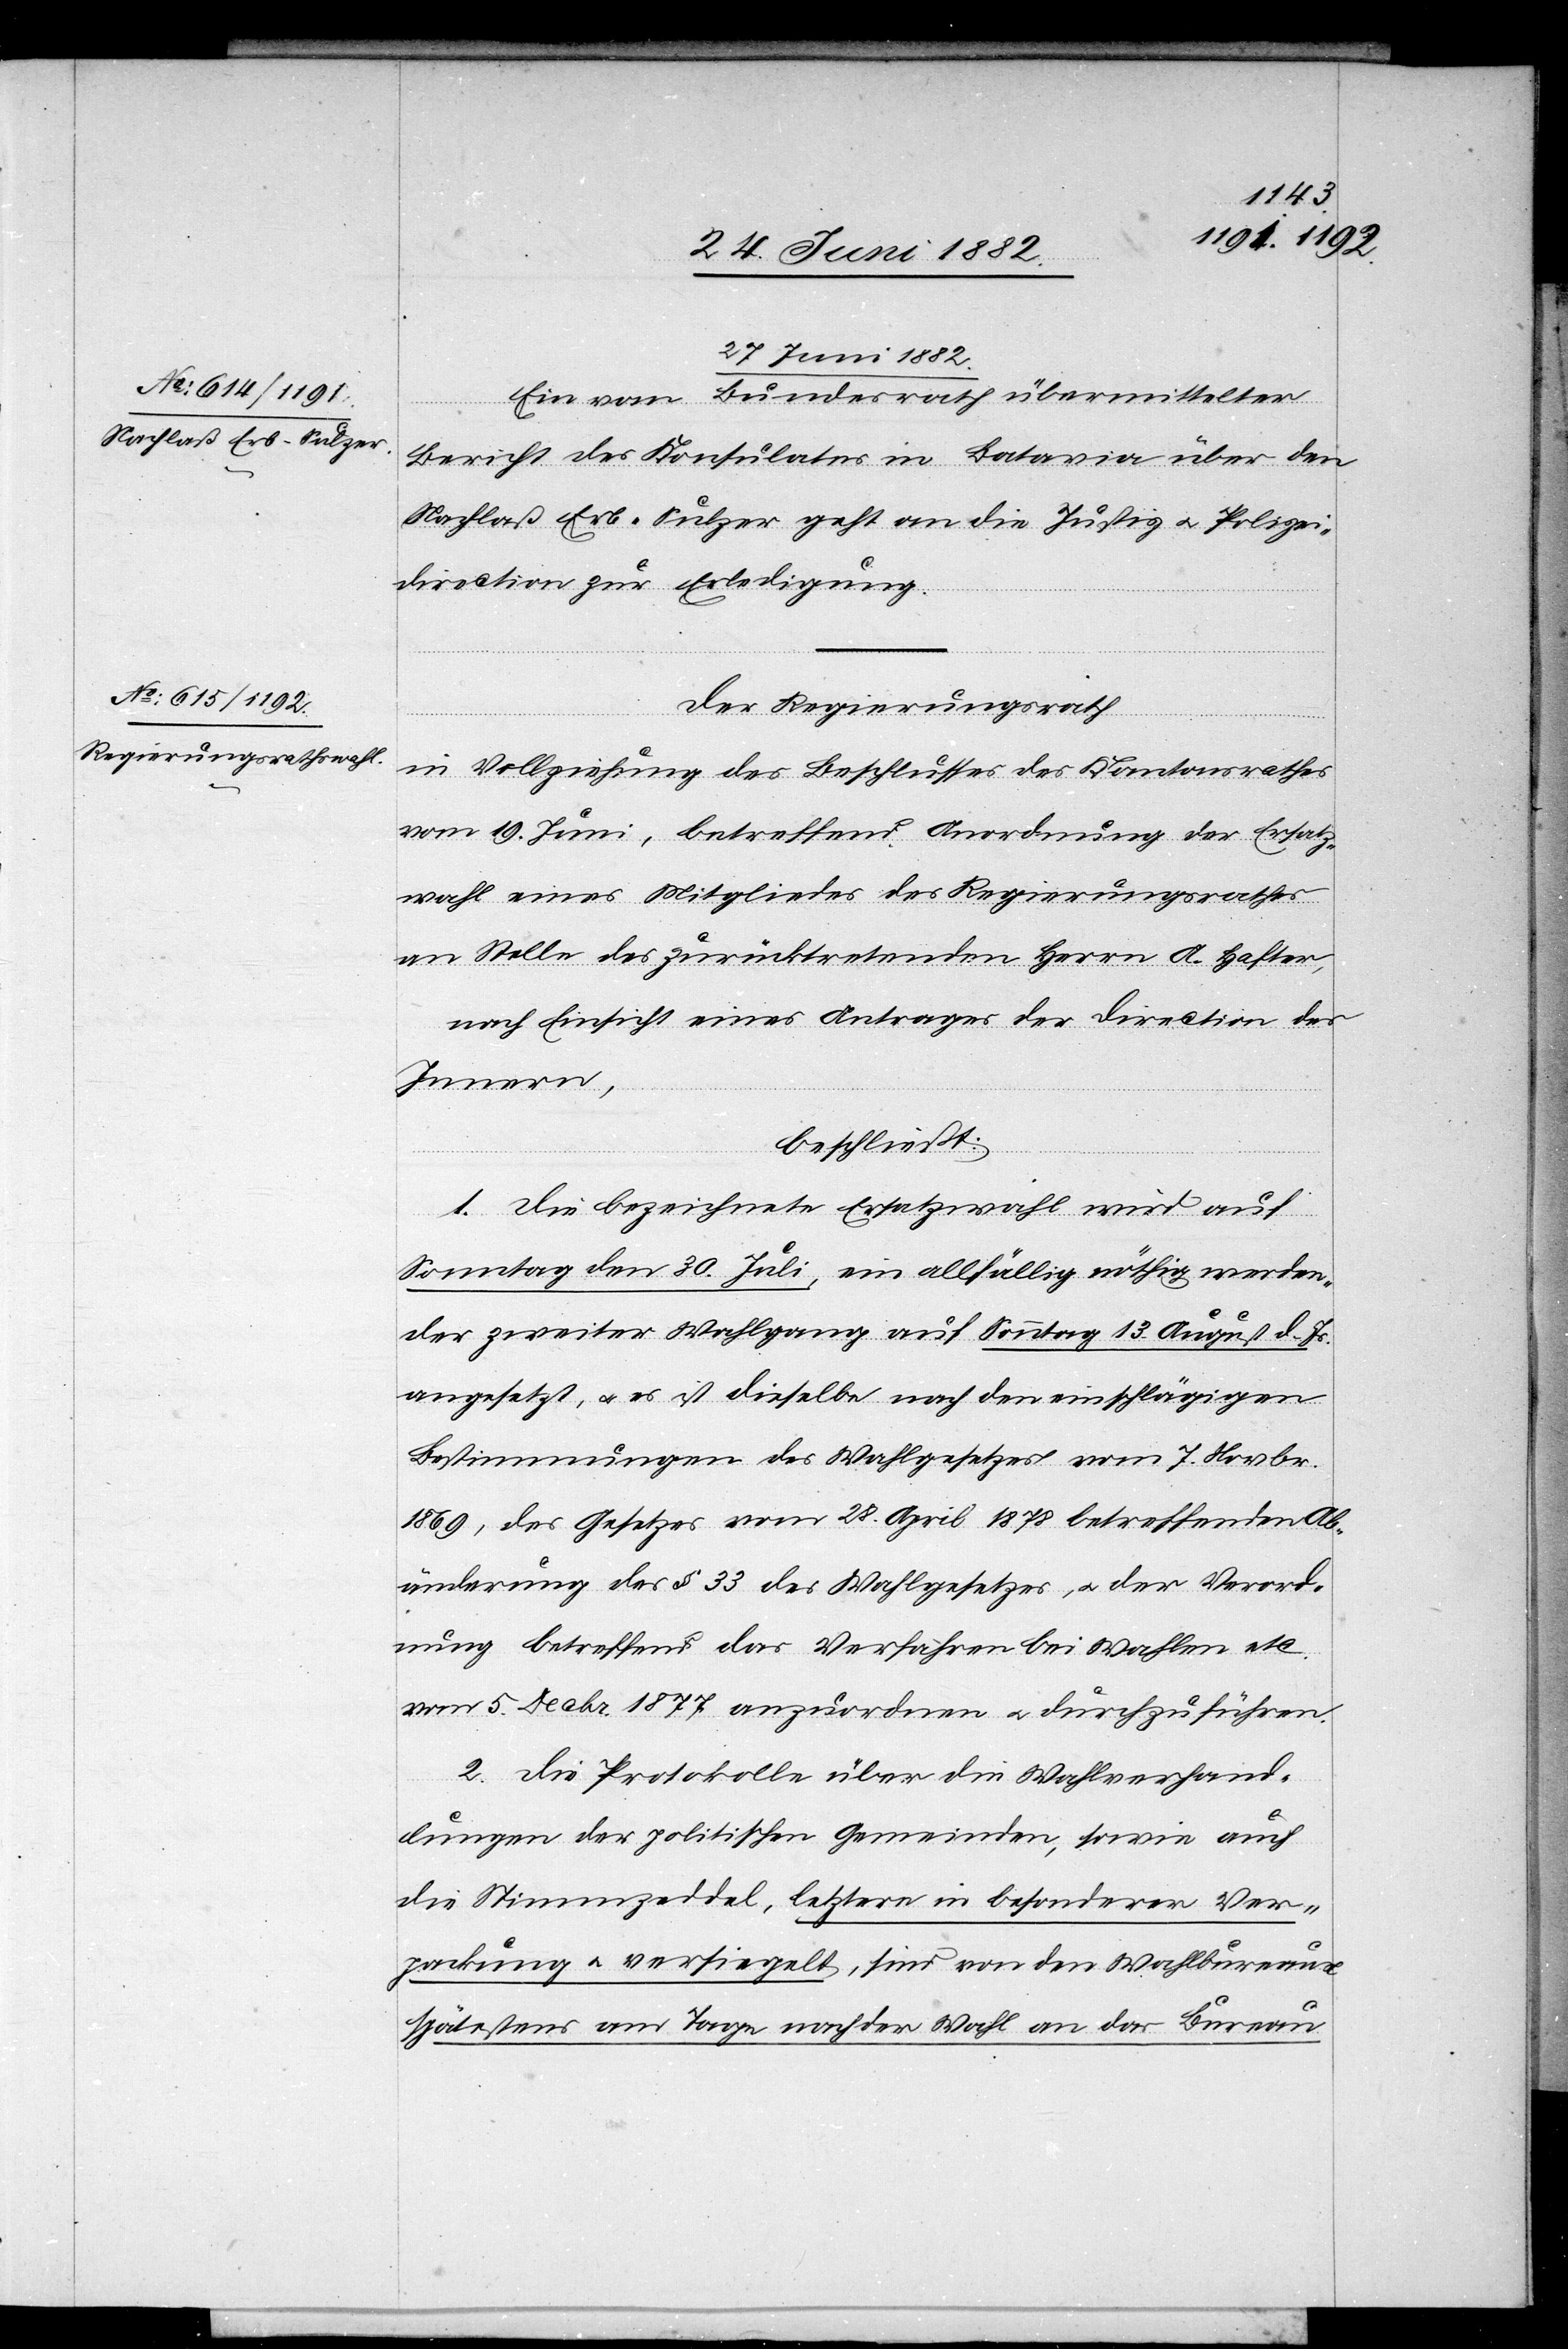
27. Juni 1882.]
Einen vom Bundesrath übermittelten
Bericht des Konsulates in Batavia über den
Nachlaß Erb-Sulzer geht an die Justiz[-] u. Polizei¬
direction zur Erledigung.
Der Regierungsrath,
in Vollziehung des Beschlusses des Kantonsrathes
vom 19. Juni, betreffend Anordnung der Ersatz¬
wahl eines Mitgliedes des Regierungsrathes
an Stelle des zurücktretenden Herr A. Hafter,
nach Einsicht eines Antrages der Direction des
Innern,
beschließt:
1. Die bezeichnete Ersatzwahl wird auf
Sonntag den 30 Juli, ein allfällig nöthig werden¬
der zweiter Wahlgang auf Sonntag 13. August d. Js.
angesetzt, u. es ist dieselbe nach den einschlägigen
Bestimmungen des Wahlgesetzes vom 7. Novbr.
1869, des Gesetzes vom 28. April 1878 betreffend Ab¬
änderung des § 33 des Wahlgesetzes, u. der Verord¬
nung betreffend das Verfahren bei Wahlen etc.
vom 5. Decbr. 1877 anzuordnen u. durchzuführen.
2. Die Protokolle über die Wahlverhand¬
lungen der politischen Gemeinden, sowie auch
die Stimmzeddel, letztere in besonderer Ver¬
packung u. versiegelt, sind von den Wahlbureaux
spätestens am Tage nach der Wahl an das Bureau